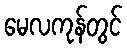
မေလကုန်တွင်